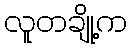
လူတချို့က